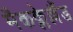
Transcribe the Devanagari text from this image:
मैकक्लेल्लैंड